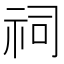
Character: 祠